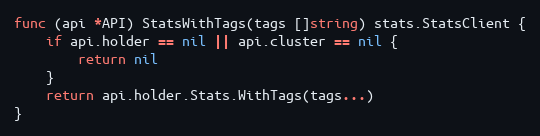
Language: Go
func (api *API) StatsWithTags(tags []string) stats.StatsClient {
	if api.holder == nil || api.cluster == nil {
		return nil
	}
	return api.holder.Stats.WithTags(tags...)
}